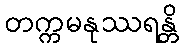
တက္ကမနုဿရန္တိ